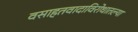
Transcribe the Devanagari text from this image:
वसाहतवादाविरोधातल्या